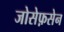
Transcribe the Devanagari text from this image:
जोसेफ़सेन